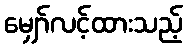
မျှော်လင့်ထားသည့်